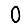
Digit: 0